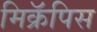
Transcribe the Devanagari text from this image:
मिक्रॅपिस